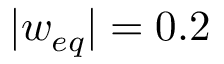
| w _ { e q } | = 0 . 2